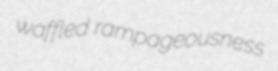
waffled rampageousness